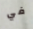
في